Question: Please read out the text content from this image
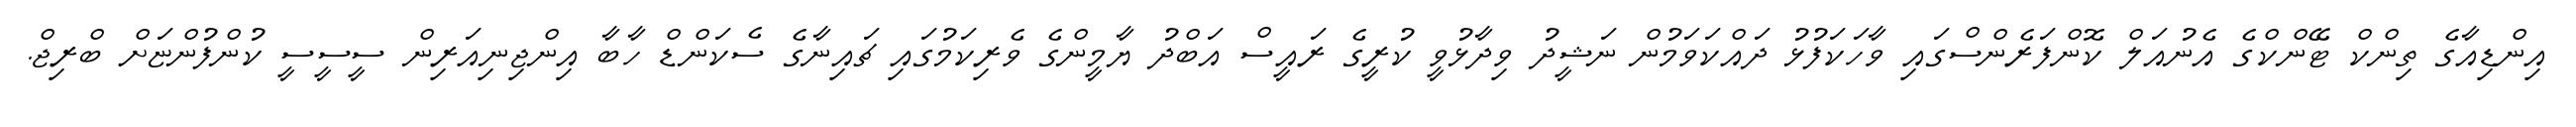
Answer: އިންޑިއާގެ ތިންކް ޓޭންކްގެ އެނުއަލް ކޮންފަރެންސްގައި ވާހަކަފުޅު ދައްކަވަމުން ނަޝީދު ވިދާޅުވީ ކުރީގެ ރައީސް އަބްދު ޔާމީންގެ ވެރިކަމުގައި ޗައިނާގެ ސެކަންޑް ހާބާ އިންޖިނިއަރިން ސީސީސީ ކުންފުންޏަށް ބްރިޖް.